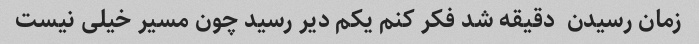
زمان رسیدن  دقیقه شد فکر کنم یکم دیر رسید چون مسیر خیلی نیست